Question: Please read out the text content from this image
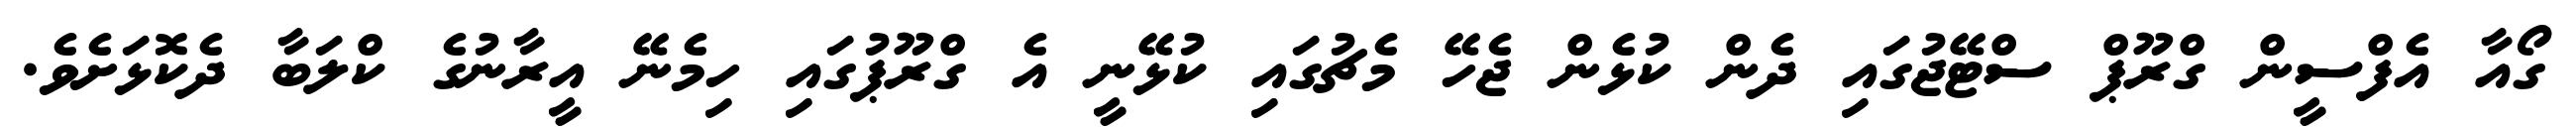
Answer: ގޯއާ އެފްސީން ގްރޫޕް ސްޓޭޖުގައި ދެން ކުޅެން ޖެހޭ މެޗުގައި ކުޅޭނީ އެ ގްރޫޕުގައި ހިމެނޭ އީރާނުގެ ކްލަބާ ދެކޮޅަށެވެ.